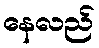
နေလည်